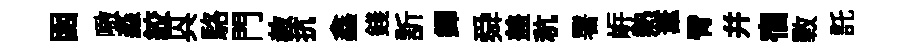
函噉淼絞㒷駱門赦抗鑫錢訢鐸舜盖秔署㟁熱葦臂幷宿斁託